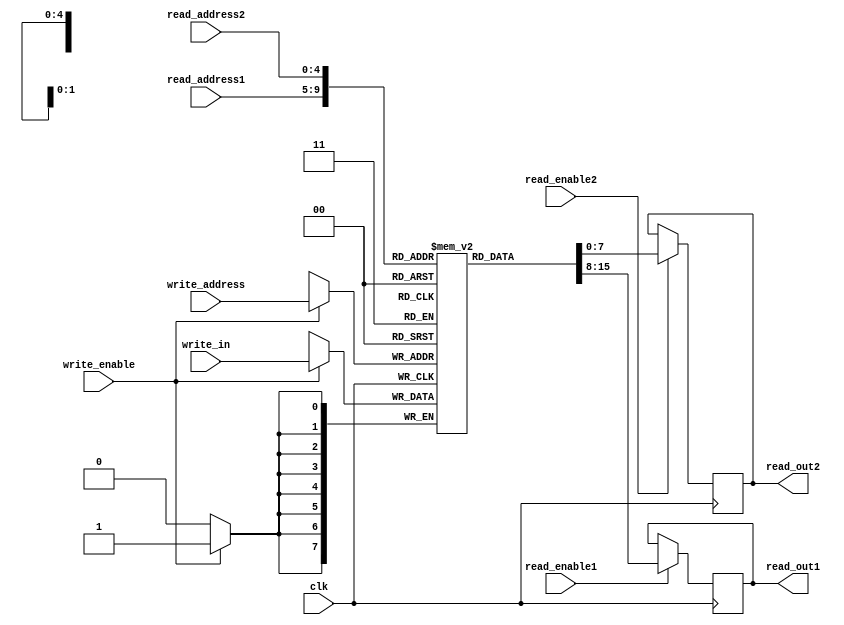
module register_file(clk, read_enable1, read_enable2,
    write_enable, read_address1, read_address2,
    write_address, read_out1, read_out2, write_in);
    
    input[4:0] read_address1,read_address2,write_address;
    input clk,read_enable1,read_enable2,write_enable;
    input[7:0] write_in;

    output reg[7:0]read_out1,read_out2;

    reg[7:0] registers[31:0];
    initial begin
        // Initialising 32 registers each of width 8 bits
        registers[0] = 8'd0; registers[1] = 8'd0; registers[2] = 8'd0; registers[3] = 8'd0;
        registers[4] = 8'd0; registers[5] = 8'd0; registers[6] = 8'd0; registers[7] = 8'd0;
        registers[8] = 8'd0; registers[9] = 8'd0; registers[10] = 8'd0; registers[11] = 8'd0;
        registers[12] = 8'd0; registers[13] = 8'd0; registers[14] = 8'd0; registers[15] = 8'd0;
        registers[16] = 8'd0; registers[17] = 8'd0; registers[18] = 8'd0; registers[19] = 8'd0;
        registers[20] = 8'd0; registers[21] = 8'd0; registers[22] = 8'd0; registers[23] = 8'd0;
        registers[24] = 8'd0; registers[25] = 8'd0; registers[26] = 8'd0; registers[27] = 8'd0;
        registers[28] = 8'd0; registers[29] = 8'd0; registers[30] = 8'd0; registers[31] = 8'd0;
    end

    always @(negedge clk ) begin
        if(read_enable1 == 1'b1) begin              //Reading from read_port-1
            read_out1 <= registers[read_address1];
        end
        if(read_enable2 == 1'b1) begin              //Reading from read_port-2
            read_out2 <= registers[read_address2];
        end
        if(write_enable == 1'b1) begin              //Writing from write_port-1
            registers[write_address] <= write_in;
        end
    end

endmodule